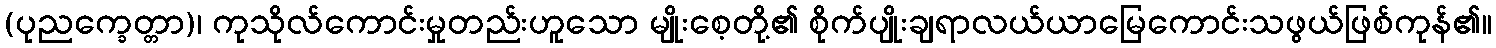
(ပုညက္ခေတ္တာ)၊ ကုသိုလ်ကောင်းမှုတည်းဟူသော မျိုးစေ့တို့၏ စိုက်ပျိုးချရာလယ်ယာမြေကောင်းသဖွယ်ဖြစ်ကုန်၏။